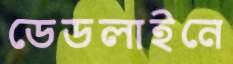
ডেডলাইনে